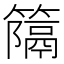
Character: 𥴩